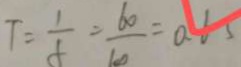
T = \frac { 1 } { f } = \frac { 6 0 } { 1 0 0 } = 0 . 6 5